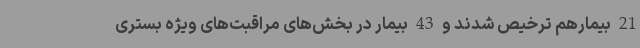
21 بیمارهم ترخیص شدند و 43 بیمار در بخش‌های مراقبت‌های ویژه بستری